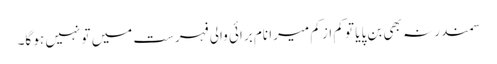
سمندر نہ بھی بن پایا تو کم از کم میرا نام برائی والی فہرست میں تو نہیں ہو گا۔